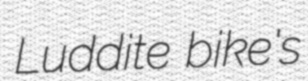
Luddite bike's